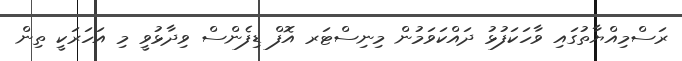
ރަސްމިއްޔާތުގައި ވާހަކަފުޅު ދައްކަވަމުން މިނިސްޓަރ އޮފް ޑިފެންސް ވިދާޅުވީ މި އަހަރަކީ ތިން